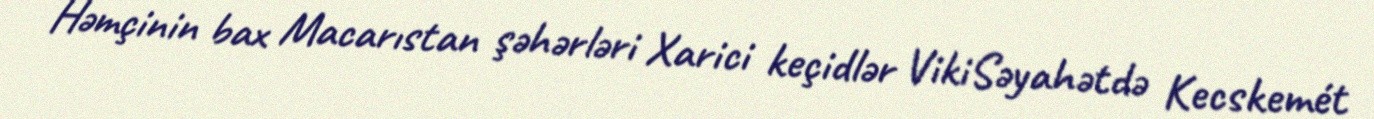
Həmçinin bax Macarıstan şəhərləri Xarici keçidlər VikiSəyahətdə Kecskemét